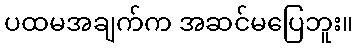
ပထမအချက်က အဆင်မပြေဘူး။